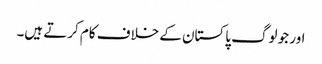
اور جو لوگ پاکستان کے خلاف کام کرتے ہیں۔